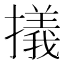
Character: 㩘